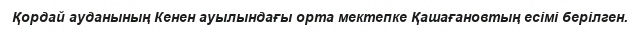
Қордай ауданының Кенен ауылындағы орта мектепке Қашағановтың есімі берілген.